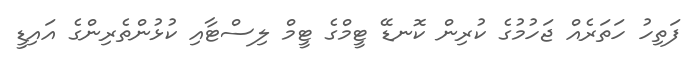
ފަތިހު ހަތަރެއް ޖަހުމުގެ ކުރިން ކޮނޑޭ ޓީމްގެ ޓީމް ލިސްޓާއި ކުޅުންތެރިންގެ އައިޑީ